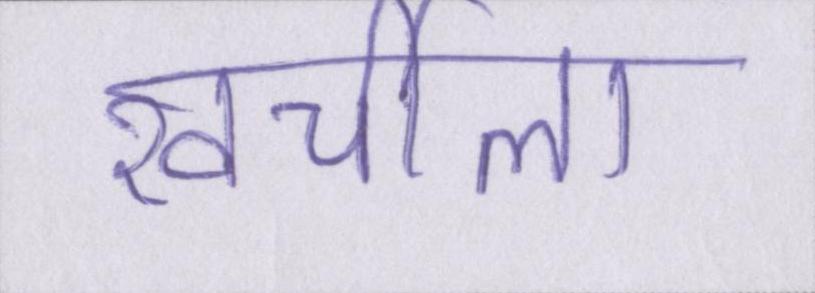
खर्चीला